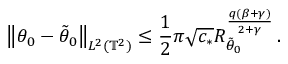
\bigl \| \theta _ { 0 } - \tilde { \theta } _ { 0 } \bigr \| _ { L ^ { 2 } ( \ensuremath { \mathbb { T } } ^ { 2 } ) } \leq \frac 1 2 \pi \sqrt { c _ { * } } R _ { \tilde { \theta } _ { 0 } } ^ { \frac { q ( \beta + \gamma ) } { 2 + \gamma } } \, .